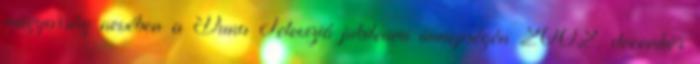
magyarság nevében a Duna Televizió jubileumi ünnepségén 2002. december